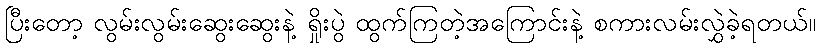
ပြီးတော့ လွမ်းလွမ်းဆွေးဆွေးနဲ့ ရှိုးပွဲ ထွက်ကြတဲ့အကြောင်းနဲ့ စကားလမ်းလွှဲခဲ့ရတယ်။